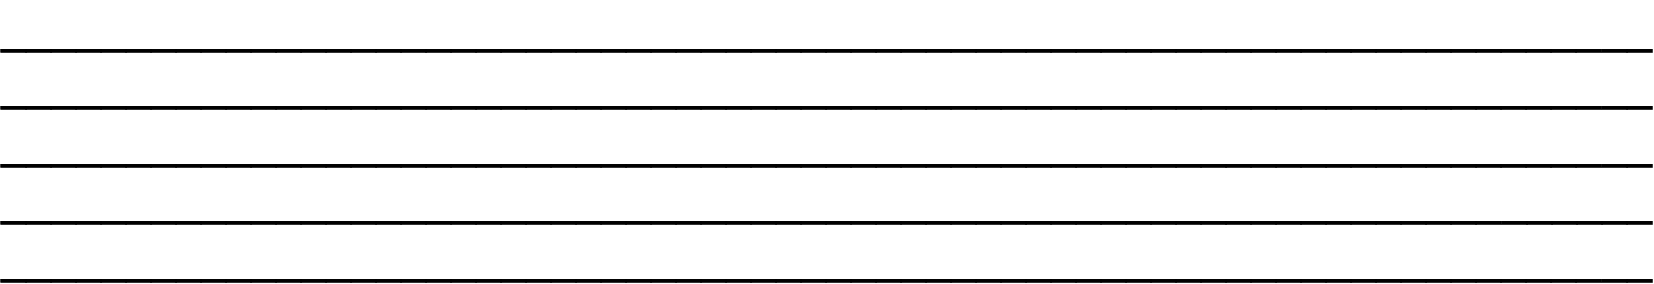
__________________________________________________________________ __________________________________________________________________ __________________________________________________________________ __________________________________________________________________ __________________________________________________________________